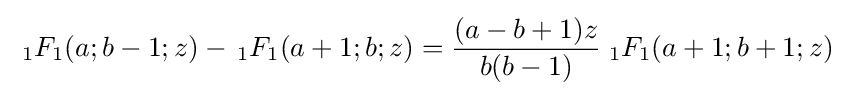
\;{}_{1}F_{1}(a;b-1;z)-\,{}_{1}F_{1}(a+1;b;z)={\frac {(a-b+1)z}{b(b-1)}}\;{}_{1}F_{1}(a+1;b+1;z)